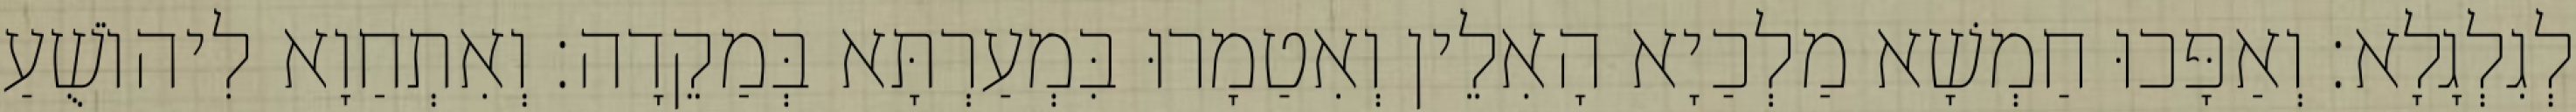
לְגִלְגָלָא׃ וְאַפָּכוּ חַמְשָׁא מַלְכַיָא הָאִלֵין וְאִטַמָרוּ בִּמְעַרְתָּא בְּמַקֵדָה׃ וְאִתְחַוָא לִיהוֹשֻׁעַ